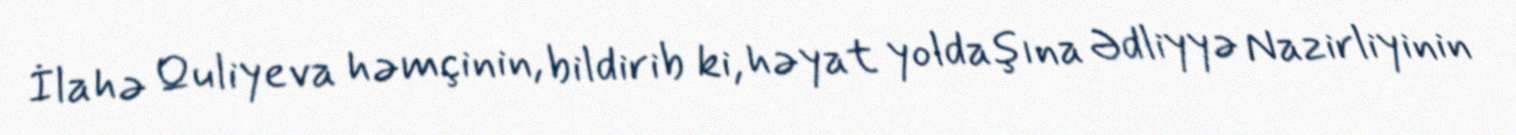
İlahə Quliyeva həmçinin, bildirib ki, həyat yoldaşına Ədliyyə Nazirliyinin